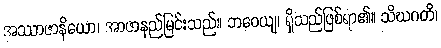
အဿာဇာနိယော၊ အာဇာနည်မြင်းသည်။ ဘဝေယျ၊ ရှိသည်ဖြစ်ရာ၏။ သိဃဂတိ၊